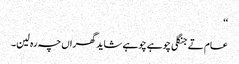
‘‘
عام تے جنگلی چوہے چوہے شاید گھراں چہ رہ لین۔